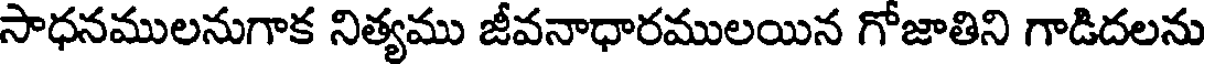
సాధనములనుగాక నిత్యము జీవనాధారములయిన గోజాతిని గాడిదలను